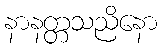
နာနတ္တသညိနော